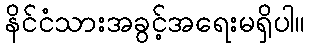
နိင်ငံသားအခွင့်အရေးမရှိပါ။